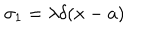
\sigma _ { 1 } = \lambda \delta ( x - a )